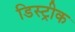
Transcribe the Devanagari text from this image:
डिस्ट्रीक